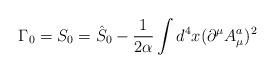
LaTeX: \begin{align*}\Gamma _0=S_0=\hat S_0-\frac 1{2\alpha }\int d^4x(\partial ^\mu A_\mu ^a)^2\end{align*}